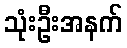
သုံးဦးအနက်